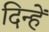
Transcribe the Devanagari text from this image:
दिन्हें